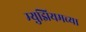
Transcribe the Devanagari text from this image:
म्य़ुझियमच्या